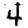
Digit: 4